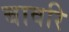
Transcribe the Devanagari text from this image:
बावरि